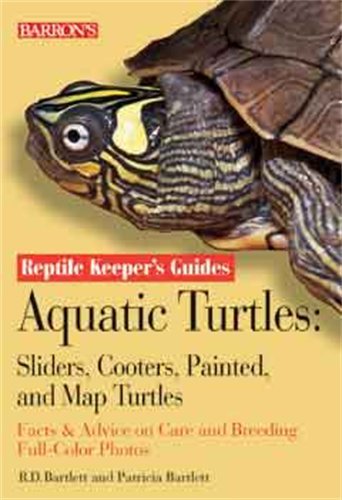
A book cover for Aquatic Turtles: Sliders, Cooters, Painted, and Map Turtles (Reptile Keeper's Guide); R.D. Bartlett; Crafts, Hobbies & Home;